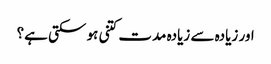
اور زیادہ سے زیادہ مدت کتنی ہو سکتی ہے؟